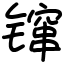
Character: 镩